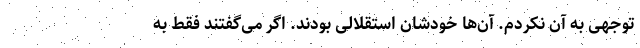
توجهی به آن نکردم. آن‌ها خودشان استقلالی بودند. اگر می‌گفتند فقط به